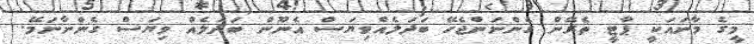
މީގެ މާނައަކީ ޕާޓީ ތެރޭން ގެންނަންޖެހޭ ބަދަލެއްވިޔަސް އެނޫން ބަދަލެއް ވިޔަސް ގެންނާނަމޭ.